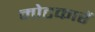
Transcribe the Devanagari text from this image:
मोटकारें